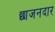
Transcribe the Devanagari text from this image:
छाजनदार